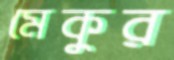
মেকুর